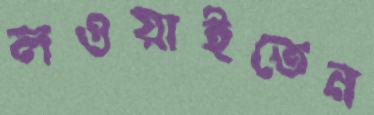
লওয়াইতেন